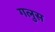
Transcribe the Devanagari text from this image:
गलुस